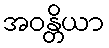
အဝန္တိယာ